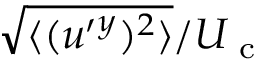
\sqrt { \langle { ( u ^ { \prime } { } ^ { y } ) ^ { 2 } } \rangle } / U _ { \textrm { c } }